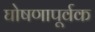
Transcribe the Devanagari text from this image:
घोषणापूर्वक